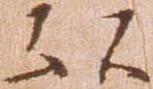
以